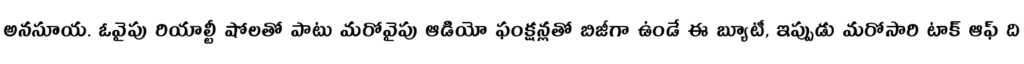
అనసూయ. ఓవైపు రియాల్టీ షోలతో పాటు మరోవైపు ఆడియో ఫంక్షన్లతో బిజీగా ఉండే ఈ బ్యూటీ, ఇప్పుడు మరోసారి టాక్ ఆఫ్ ది